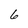
Character: 6